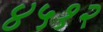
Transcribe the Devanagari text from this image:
४५१२